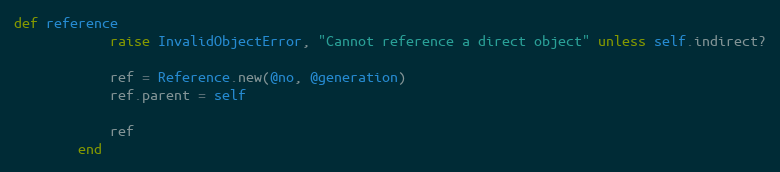
Language: Ruby
def reference
            raise InvalidObjectError, "Cannot reference a direct object" unless self.indirect?

            ref = Reference.new(@no, @generation)
            ref.parent = self

            ref
        end